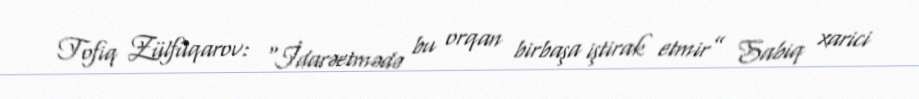
Tofiq Zülfüqarov: “İdarəetmədə bu orqan birbaşa iştirak etmir” Sabiq xarici